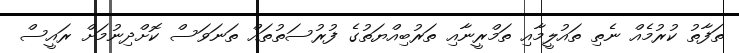
ތަފާތު ކުރުމެއް ނެތި ތައުލީމާއި ތަމްރީނާއި ތަރުބިއްޔަތުގެ ފުރުސަތުތައް ތަނަވަސް ކޮށްދިނުމަށް ރައީސް